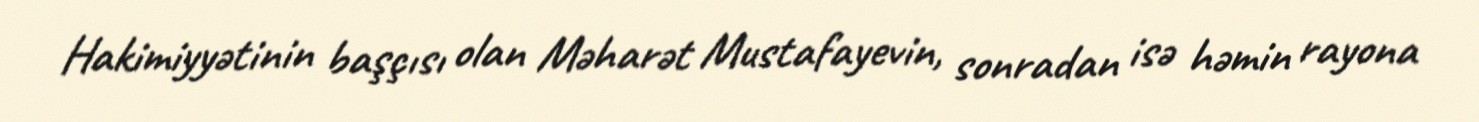
Hakimiyyətinin başçısı olan Məharət Mustafayevin, sonradan isə həmin rayona